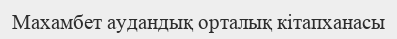
Махамбет аудандық орталық кітапханасы